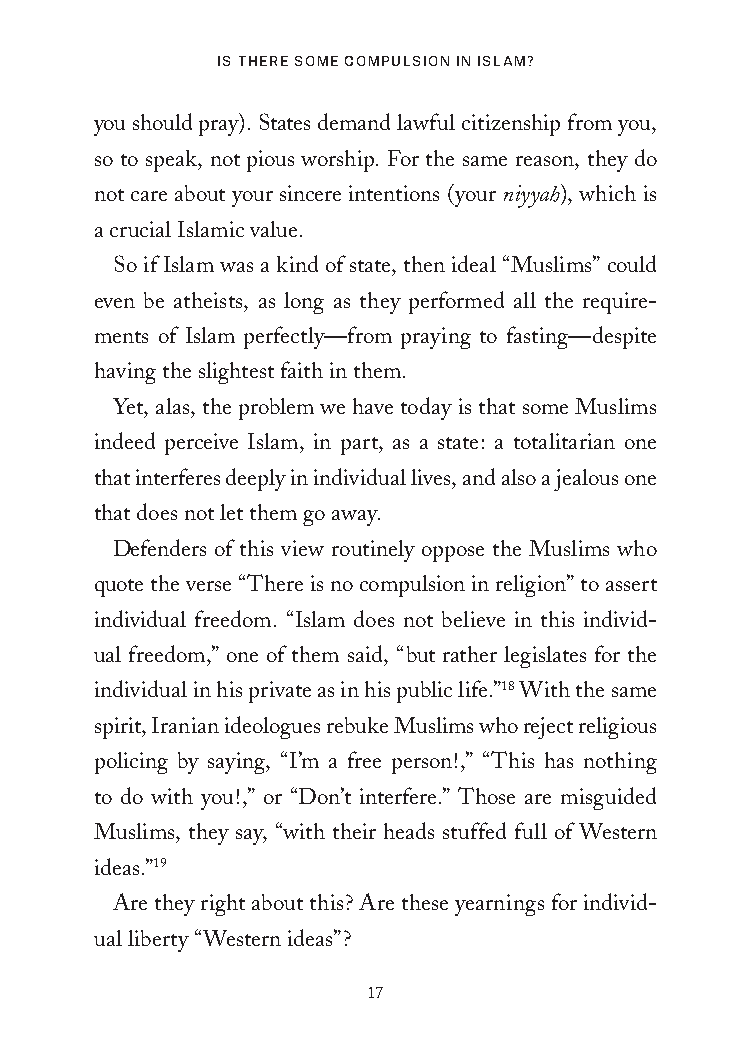
Is There some CompulsIon In Islam?
 you should pray). States demand lawful citizenship from you,
 so to speak, not pious worship. For the same reason, they do
 not care about your sincere intentions (your niyyah), which is
 a crucial Islamic value.
 So if Islam was a kind of state, then ideal “Muslims” could
 even be atheists, as long as they performed all the require-
 ments of Islam perfectly—from praying to fasting—despite
 having the slightest faith in them.
 Yet, alas, the problem we have today is that some Muslims
 indeed perceive Islam, in part, as a state: a totalitarian one
 that interferes deeply in individual lives, and also a jealous one
 that does not let them go away.
 Defenders of this view routinely oppose the Muslims who
 quote the verse “There is no compulsion in religion” to assert
 individual freedom. “Islam does not believe in this individ-
 ual freedom,” one of them said, “but rather legislates for the
 individual in his private as in his public life.”18 With the same
 spirit, Iranian ideologues rebuke Muslims who reject religious
 policing by saying, “I’m a free person!,” “This has nothing
 to do with you!,” or “Don’t interfere.” Those are misguided
 Muslims, they say, “with their heads stuffed full of Western
 ideas.”19
 Are they right about this? Are these yearnings for individ-
 ual liberty “Western ideas”?
 17
 25320_Ch01.indd 17                      24/06/2021 8:32 AM